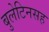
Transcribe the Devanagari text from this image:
बुलेटिनसह